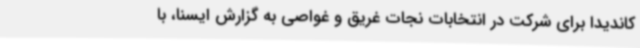
کاندیدا برای شرکت در انتخابات نجات غریق و غواصی به گزارش ایسنا، با